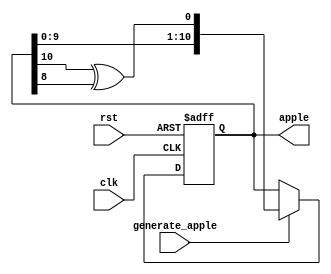
`timescale 1ns / 1ps
//////////////////////////////////////////////////////////////////////////////////
// Company: 
// Engineer: 
// 
// Design Name: 
// Module Name: random_apple_generator
// Project Name: 
// Target Devices: 
// Tool Versions: 
// Description: 
// 
// Dependencies: 
// 
// Revision:
// Revision 0.01 - File Created
// Additional Comments:
// 
//////////////////////////////////////////////////////////////////////////////////


module random_apple_generator(
    input clk,
    input rst,
    input generate_apple,
    output [10:0] apple
    );
    
    reg [10:0] random;
    wire feedback;
    assign feedback = random[10] ^ random[8];
    
    always@(posedge clk or posedge rst) begin
        if (rst) begin
            random <= 11'b10011011001;
        end
        else begin
            if (generate_apple) begin  
                random <= {random[9:0], feedback};
            end
        end
    end
    
    assign apple = random;
endmodule



















































//`timescale 1ns / 1ps
////////////////////////////////////////////////////////////////////////////////////
//// Company: 
//// Engineer: 
//// 
//// Design Name: 
//// Module Name: random_apple_generator
//// Project Name: 
//// Target Devices: 
//// Tool Versions: 
//// Description: 
//// 
//// Dependencies: 
//// 
//// Revision:
//// Revision 0.01 - File Created
//// Additional Comments:
//// 
////////////////////////////////////////////////////////////////////////////////////


//module random_apple_generator(
//    input clk,
//    input rst,
//    input generate_apple,
//    input [1:0] button_pressed,
//    output [10:0] apple
//    );
    
//    reg [10:0] random;
//    reg [1:0] xorButton;
//    wire feedback;
//    assign feedback = random[10] ^ random[8];
    
//    always@(posedge clk or posedge rst) begin
//        if (rst) begin
//            random <= 11'b10100010100;
//        end
//        else begin
////            xorButton[0] = xorButton[0] ^ button_pressed[0];
////            xorButton[1] = xorButton[1] ^ button_pressed[1];
//            if (generate_apple) begin
////                random[0] <= random[1];
////                random[1] <= random[0] ^ random[2];
////                random[2] <= random[0] ^ random[3];
////                random[3] <= random[0] ^ random[4];
////                random[4] <= random[5];
////                random[5] <= random[6];
////                random[6] <= random[7];
////                random[7] <= random[8];
////                random[8] <= random[9];
////                random[9] <= random[10];
////                random[10] <= random[0];   
//                random <= {random[9:0], feedback};
//            end
//        end
//    end
    
//    assign apple = random;
//endmodule